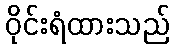
ဝိုင်းရံထားသည်